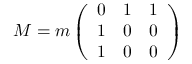
M = m \left( \begin{array} { c c c } { { 0 } } & { { 1 } } & { { 1 } } \\ { { 1 } } & { { 0 } } & { { 0 } } \\ { { 1 } } & { { 0 } } & { { 0 } } \end{array} \right)